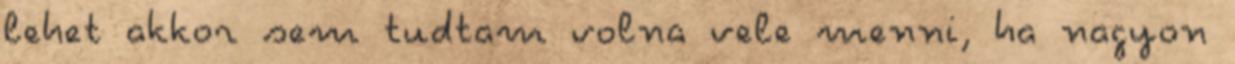
lehet akkor sem tudtam volna vele menni, ha nagyon